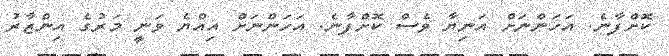
ކޮށްފާނެ. އަހަންނަށް އަނިޔާ ވެސް ކޮށްފާނެ. އަހަންނަށް އިއްޔެ ވަނީ މަރުގެ އިންޒާރު